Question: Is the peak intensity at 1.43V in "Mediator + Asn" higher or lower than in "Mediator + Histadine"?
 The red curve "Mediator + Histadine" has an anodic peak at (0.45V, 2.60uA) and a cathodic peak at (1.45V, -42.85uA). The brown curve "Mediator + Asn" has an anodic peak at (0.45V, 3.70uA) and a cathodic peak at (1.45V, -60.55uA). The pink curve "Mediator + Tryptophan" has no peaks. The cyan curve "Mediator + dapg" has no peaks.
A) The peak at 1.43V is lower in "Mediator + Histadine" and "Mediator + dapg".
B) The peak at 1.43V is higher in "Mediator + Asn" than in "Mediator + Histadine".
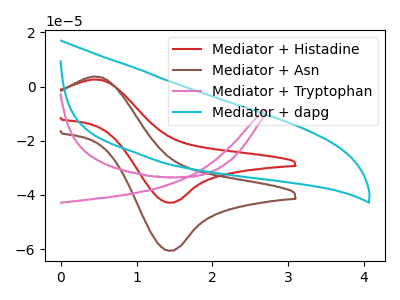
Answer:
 <answer>B) The peak at 1.43V is higher in "Mediator + Asn" than in "Mediator + Histadine".</answer>
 <eval>B</eval>